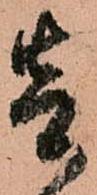
壱